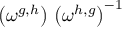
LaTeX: \left( \omega ^ { g , h } \right) \, \left( \omega ^ { h , g } \right) ^ { - 1 }